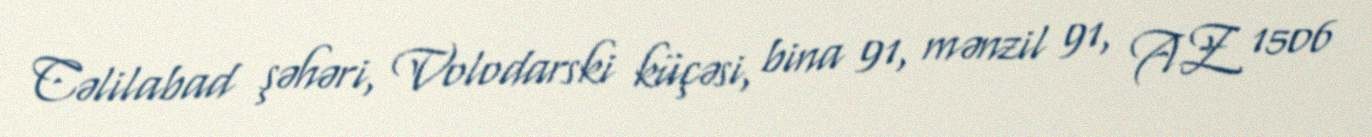
Cəlilabad şəhəri, Volodarski küçəsi, bina 91, mənzil 91, AZ 1506